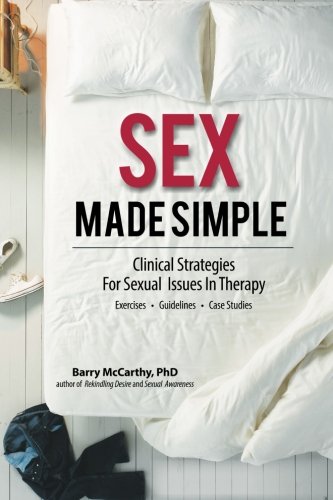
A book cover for Sex Made Simple: Clinical Strategies for Sexual Issues in Therapy; Barry McCarthy; Medical Books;